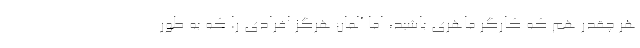
هر چقدر هم که کارگر ماهری باشید، اما آلمان هرگز افرادی را که به طور